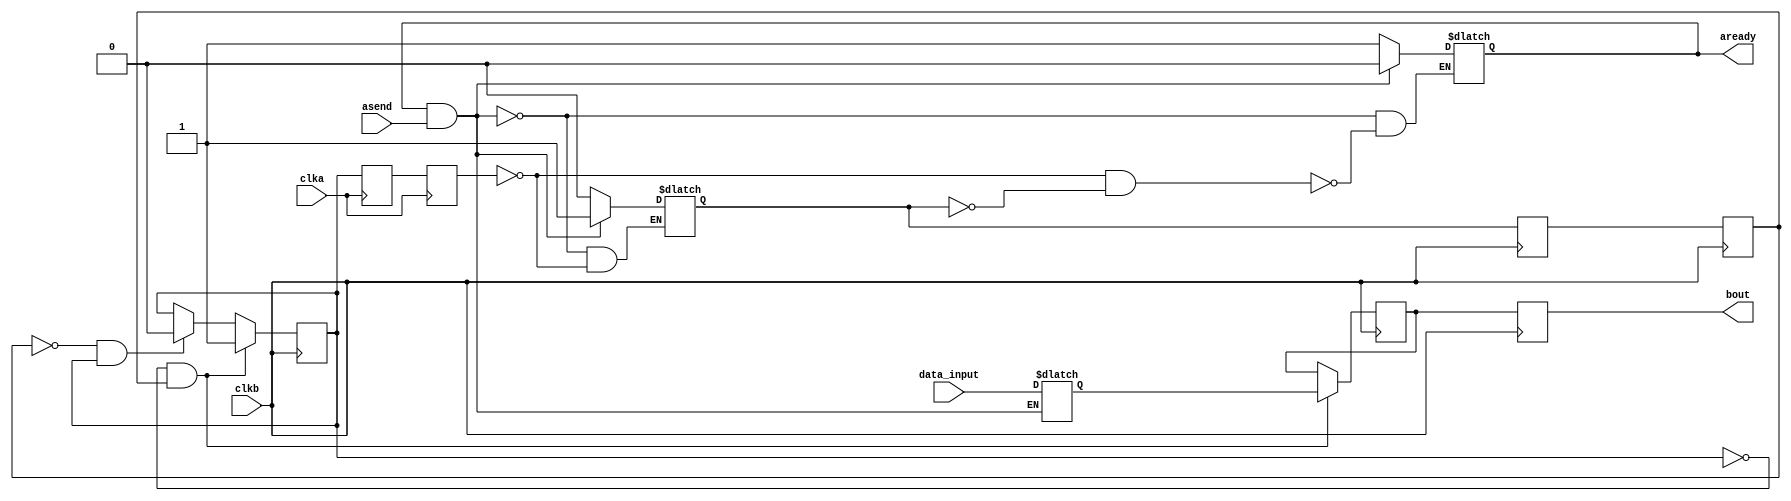
module resynchronizer 
(
    input wire clka,
    input wire clkb,

    input wire [15:0] data_input,
    input wire asend,

    output reg aready,
    output reg [15:0] bout
);

    reg [2:0] aenable;
    reg [2:0] ack;

    reg [15:0] aData;
    reg [15:0] bData;

// Initialization
    initial begin
        aenable = 3'b0;
        ack     = 3'b0;
        aready  = 1;

        aData   = 16'b0;
        bData   = 16'b0;
        bout    = 16'b0;
    end
    
// Releazing aenable [2] with shifting (with clkb)
    always @(posedge clkb)
    begin
        aenable[0] <= aenable[1];
    end
    always @(posedge clkb)
    begin
        aenable[1] <= aenable[2];
    end

// Releasing ack [2] with shifting (with clka)
    always @(posedge clka)
    begin
        ack[0] <= ack[1];
    end
    always @(posedge clka)
    begin
        ack[1] <= ack[2];
    end

////////////////////////////////////////////////////////////
    always @(clka)
    begin
        if (aready && asend)
            aData <= data_input;
    end
    
    always @(posedge clkb) 
    begin 
        if (~ack[2] && aenable[0])
            bData <= aData;
    end

    always @(clka)
    begin
        if (aready && asend)
            aready <= 0;
        else if (~ack[0] && ~aenable[2])
            aready <= 1;
    end
    
    always @(clka)
    begin
        if (aready && asend)
            aenable[2] <= 1;
        else if (ack[0])
            aenable[2] <= 0;
    end

    always @(posedge clkb)
    begin
        if (aenable[0] && ~ack[2])
            ack[2] <= 1;
        else if (~aenable[0] && ack[2])
            ack[2] <= 0;
    end

    always @(posedge clkb)
    begin
        bout <= bData;
    end

endmodule